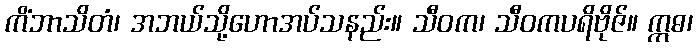
ကိံဘာသိတံ၊ အဘယ်သို့ဟောအပ်သနည်း။ သီဝက၊ သီဝကပရိဗိုဇ်။ ဣဓ၊